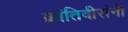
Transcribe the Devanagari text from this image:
क्रांतिवीरांनी